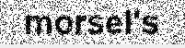
morsel's